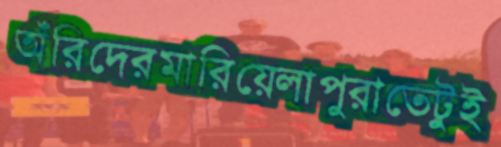
অঁরিদেরমারিয়েলাপুরাতেটুই